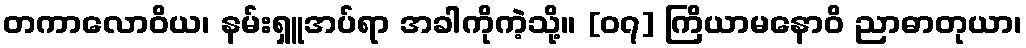
တကာလောဝိယ၊ နမ်းရှူအပ်ရာ အခါကိုကဲ့သို့။ [၀၇] ကြိယာမနောဝိ ညာဓာတုယာ၊